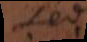
Sed